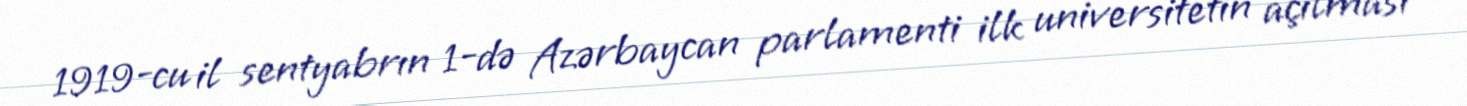
1919-cu il sentyabrın 1-də Azərbaycan parlamenti ilk universitetin açılması